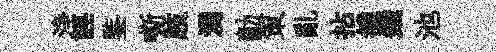
浄誣鍳嘶肢湧勣策亂拈雒錢池